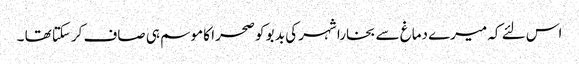
اس لئے کہ میرے دماغ سے بخارا شہر کی بد بو کو صحرا کا موسم ہی صاف کرسکتا تھا ۔